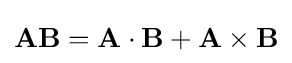
\mathbf {AB} =\mathbf {A} \cdot \mathbf {B} +\mathbf {A} \times \mathbf {B}